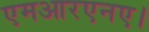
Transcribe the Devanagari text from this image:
एमआरएनए।